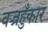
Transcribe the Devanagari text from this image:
वज्रहुँकार